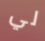
لي